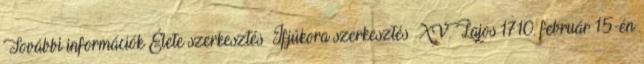
További információk Élete szerkesztés Ifjúkora szerkesztés XV. Lajos 1710. február 15-én